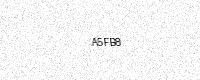
Text: A5FB8